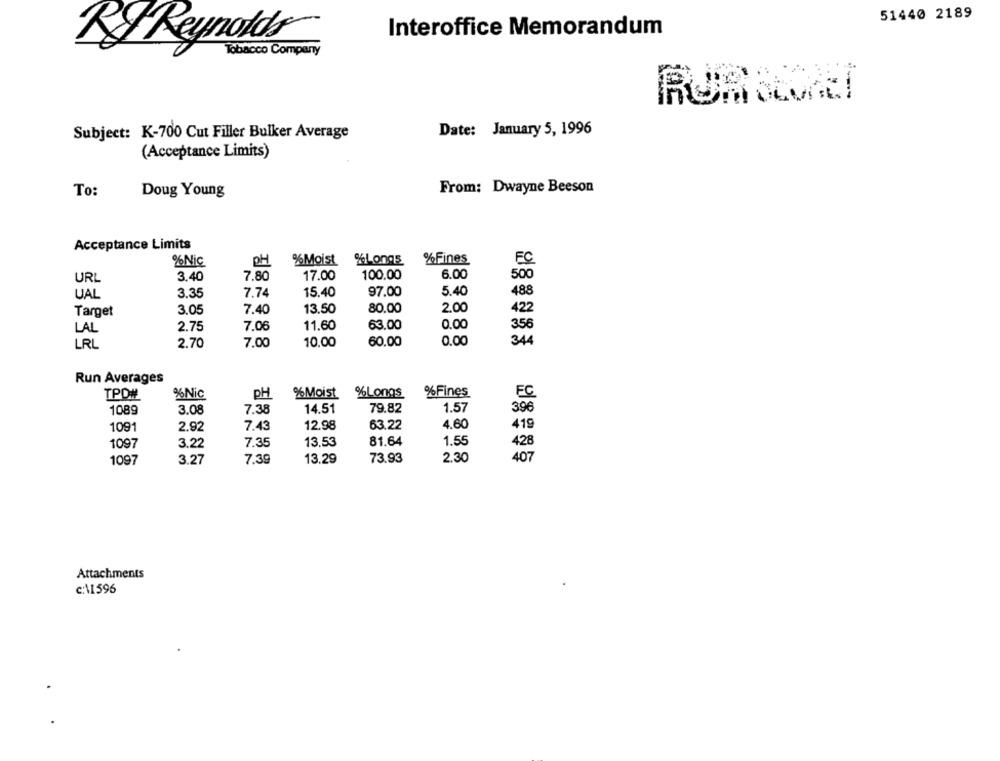
51440 2189
Interoffice Memorandum
Ry Reynolds
Tobacco Company
Subject: K-700 Cut Filler Bulker Average
Date: January 5, 1996
(Acceptance Limits)
To:
From: Dwayne Beeson
Doug Young
Acceptance Limits
%Nic
PH
%Moist %Longs
%Fines
FC
6.00
URL
3.40
7.80
17.00
100.00
500
UAL
3.35
7.74
15.40
97.00
5.40
488
Target
3.05
7.40
13.50
80.00
2.00
422
2.75
7.06
11.60
63.00
0.00
356
LAL
7.00
10.00
60.00
0.00
34
LRL
2.70
Run Averages
TPO#
%Nic
PH
%Moist
%Longs
% Fines
FC
1089
3.08
7.38
14,51
79.82
1.57
39€
1091
7.43
12.98
63.22
4.60
419
2.92
7.35
13.53
81.64
1.55
428
1097
3.22
1097
3.27
7.39
13.29
73.93
2.30
407
Attachments
c:\1596